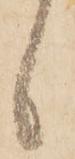
候